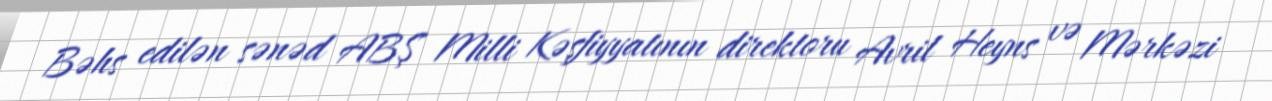
Bəhs edilən sənəd ABŞ Milli Kəşfiyyatının direktoru Avril Heyns və Mərkəzi